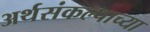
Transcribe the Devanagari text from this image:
अर्थसंकल्पाच्या